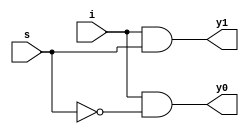
`timescale 1ns / 1ps

module demux1x2(
output y0,y1,
input s,
input i
);
  //assign {y0,y1} = s?{1'b0,i}: {i,1'b0};
assign y0=i & (~s);
assign y1=i & (s);
endmodule